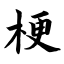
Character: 梗